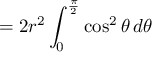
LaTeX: = 2 r ^ { 2 } \int _ { 0 } ^ { \frac { \pi } { 2 } } \cos ^ { 2 } \theta \, d \theta